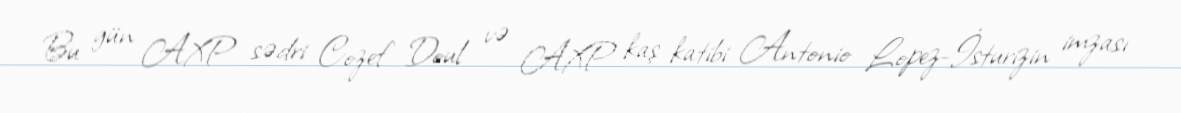
Bu gün AXP sədri Cozef Doul və AXP kaş katibi Antonio Lopez-İsturizin imzası